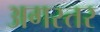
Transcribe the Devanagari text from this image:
अगस्तर